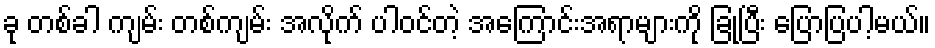
ခု တစ်ခါ ကျမ်း တစ်ကျမ်း အလိုက် ပါဝင်တဲ့ အကြောင်းအရာများကို ခြုံပြီး ပြောပြပါ့မယ်။